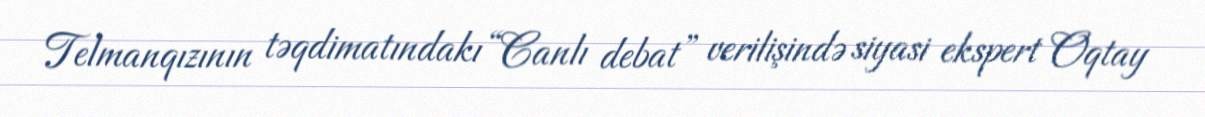
Telmanqızının təqdimatındakı “Canlı debat” verilişində siyasi ekspert Oqtay